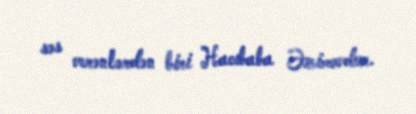
səs verənlərdən biri Hacıbaba Əzimovdur.